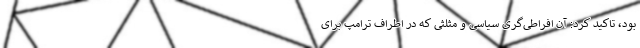
بود، تاکید کرد:‌ آن افراطی‌گری سیاسی‌ و مثلثی که در اطراف ترامپ برای